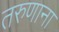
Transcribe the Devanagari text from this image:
तरुणाना